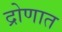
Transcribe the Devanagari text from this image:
द्रोणात